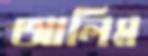
আলিম